Report on vaccination in the Province of Bengal - 1874-1889
Year: 1874
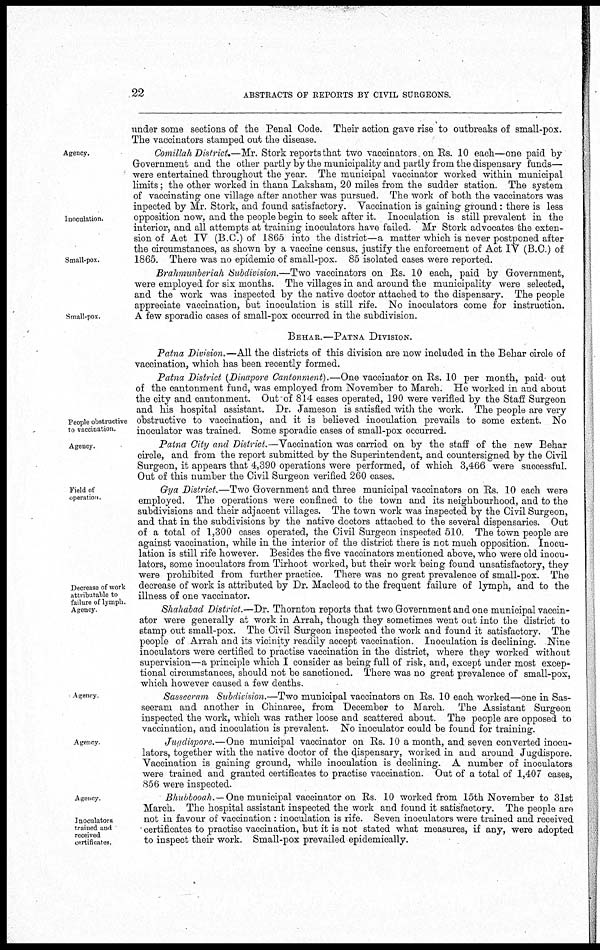
22
ABSTRACTS OF REPORTS BY CIVIL SURGEONS.
under some sections of the Penal Code. Their action gave rise to outbreaks of small-pox.
The vaccinators stamped out the disease.
Agency.
Inoculation.
Small-pox.
Comillah District.—Mr. Stork reports that two vaccinators on Rs. 10 each—one paid by
Government and the other partly by the municipality and partly from the dispensary funds—
were entertained throughout the year. The municipal vaccinator worked within municipal
limits; the other worked in thana Laksham, 20 miles from the sudder station. The system
of vaccinating one village after another was pursued. The work of both the vaccinators was
inpected by Mr. Stork, and found satisfactory. Vaccination is gaining ground: there is less
opposition now, and the people begin to seek after it. Inoculation is still prevalent in the
interior, and all attempts at training inoculators have failed. Mr Stork advocates the exten-
sion of Act IV (B.C.) of 1865 into the district—a matter which is never postponed after
the circumstances, as shown by a vaccine census, justify the enforcement of Act IV (B.C.) of
1865. There was no epidemic of small-pox. 85 isolated cases were reported.
Small-pox.
Brahmunberiah Subdivision.—Two vaccinators on Rs. 10 each, paid by Government,
were employed for six months. The villages in and around the municipality were selected,
and the work was inspected by the native doctor attached to the dispensary. The people
appreciate vaccination, but inoculation is still rife. No inoculators come for instruction.
A few sporadic cases of small-pox occurred in the subdivision.
BEHAR.—PATNA DIVISION.
Patna Division.—All the districts of this division are now included in the Behar circle of
vaccination, which has been recently formed.
People obstructive
to vaccination.
Patna District (Dinapore Cantonment).—One vaccinator on Rs. 10 per month, paid' out
of the cantonment fund, was employed from November to March. He worked in and about
the city and cantonment. Out of 814 cases operated, 190 were verified by the Staff Surgeon
and his hospital assistant. Dr. Jameson is satisfied with the work. The people are very
obstructive to vaccination, and it is believed inoculation prevails to some extent. No
inoculator was trained. Some sporadic cases of small-pox occurred.
Agency.
Patna City and District.—Vaccination was carried on by the staff of the new Behar
circle, and from the report submitted by the Superintendent, and countersigned by the Civil
Surgeon, it appears that 4,390 operations were performed, of which 3,466 were successful.
Out of this number the Civil Surgeon verified 260 cases.
Field of
operation.
Decrease of work
attributable to
failure of lymph.
Agency
Gya District.—Two Government and three municipal vaccinators on Rs. 10 each were
employed. The operations were confined to the town and its neighbourhood, and to the
subdivisions and their adjacent villages. The town work was inspected by the Civil Surgeon,
and that in the subdivisions by the native doctors attached to the several dispensaries. Out
of a total of 1,300 cases operated, the Civil Surgeon inspected 510. The town people are
against vaccination, while in the interior of the district there is not much opposition. Inocu-
lation is still rife however. Besides the five vaccinators mentioned above, who were old inocu-
lators, some inoculators from Tirhoot worked, but their work being found unsatisfactory, they
were prohibited from further practice. There was no great prevalence of small-pox. The
decrease of work is attributed by Dr. Macleod to the frequent failure of lymph, and to the
illness of one vaccinator.
Shahabad District.—Dr. Thornton reports that two Government and one municipal vaccin-
ator were generally at work in Arrah, though they sometimes went out into the district to
stamp out small-pox. The Civil Surgeon inspected the work and found it satisfactory. The
people of Arrah and its vicinity readily accept vaccination. Inoculation is declining. Nine
inoculators were certified to practise vaccination in the district, where they worked without
supervision—a principle which I consider as being full of risk, and, except under most excep-
tional circumstances, should not be sanctioned. There was no great prevalence of small-pox,
which however caused a few deaths.
Agency
Sasseeram Subdivision.—Two municipal vaccinators on Rs. 10 each worked—one in Sas-
seeram and another in Chinaree, from December to March. The Assistant Surgeon
inspected the work, which was rather loose and scattered about The people are opposed to
vaccination, and inoculation is prevalent. No inoculator could be found for training.
Agency
Jugdispore.—One municipal vaccinator on Rs. 10 a month, and seven converted inocu-
lators, together with the native doctor of the dispensary, worked in and around Jugdispore.
Vaccination is gaining ground, while inoculation is declining. A number of inoculators
were trained and granted certificates to practise vaccination. Out of a total of 1,407 cases,
856 were inspected.
Agency.
Inoculators
trained and
received
certificates.
Bhubbooah. — One municipal vaccinator on Rs. 10 worked from 15th November to 31st
March. The hospital assistant inspected the work and found it satisfactory. The people are
not in favour of vaccination : inoculation is rife. Seven inoculators were trained and received
certificates to practise vaccination, but it is not stated what measures, if any, were adopted
to inspect their work. Small-pox prevailed epidemically.